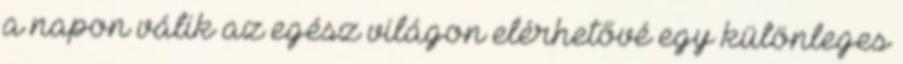
a napon válik az egész világon elérhetővé egy különleges